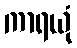
ကာရယုံ